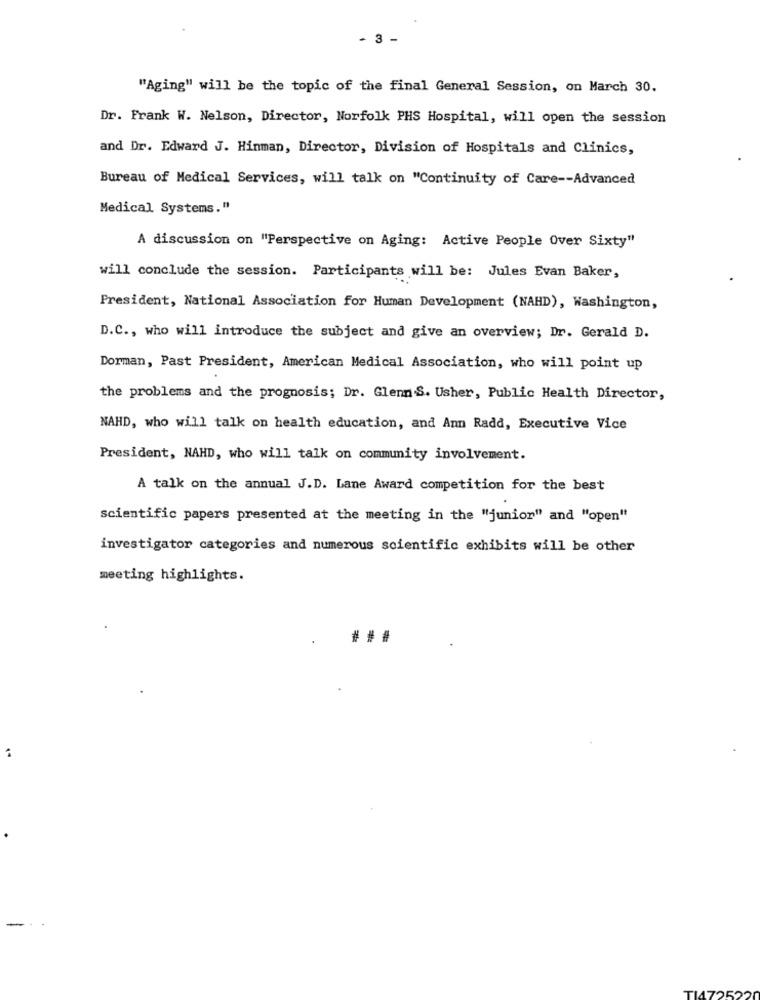
- 3 -
"Aging" will be the topic of the final General Session, on March 30.
Dr. Frank W. Nelson, Director, Norfolk PHS Hospital, will open the session
and Dr. Edward J. Hinman, Director, Division of Hospitals and Clinics,
Bureau of Medical Services, will talk on "Continuity of Care -- Advanced
Medical Systems."
A discussion on "Perspective on Aging: Active People Over Sixty"
will conclude the session. Participants will be: Jules Evan Baker,
President, National Association for Human Development (NAHD), Washington,
D.C ., who will introduce the subject and give an overview; Dr. Gerald D.
Dorman, Past President, American Medical Association, who will point up
the problems and the prognosis; Dr. Glenn S. Usher, Public Health Director,
NAHD, who will talk on health education, and Ann Radd, Executive Vice
President, NAHD, who will talk on community involvement.
A talk on the annual J.D. Lane Award competition for the best
scientific papers presented at the meeting in the "junior" and "open"
investigator categories and numerous scientific exhibits will be other
meeting highlights.
TI47252